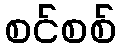
စင်စစ်